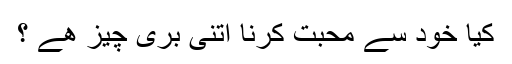
کیا خود سے محبت کرنا اتنی بُری چیز ھے ؟